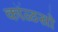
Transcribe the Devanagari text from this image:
कॉळसो